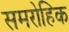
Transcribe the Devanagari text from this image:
समरोहिक